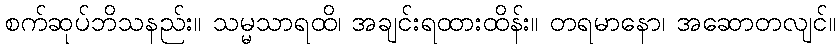
စက်ဆုပ်ဘိသနည်း။ သမ္မသာရထိ၊ အချင်းရထားထိန်း။ တရမာနော၊ အဆောတလျင်။